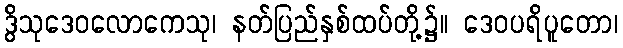
ဒွိသုဒေဝလောကေသု၊ နတ်ပြည်နှစ်ထပ်တို့၌။ ဒေဝပရိပူတော၊